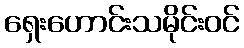
ရှေးဟောင်းသမိုင်းဝင်